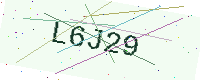
Text: L6J29